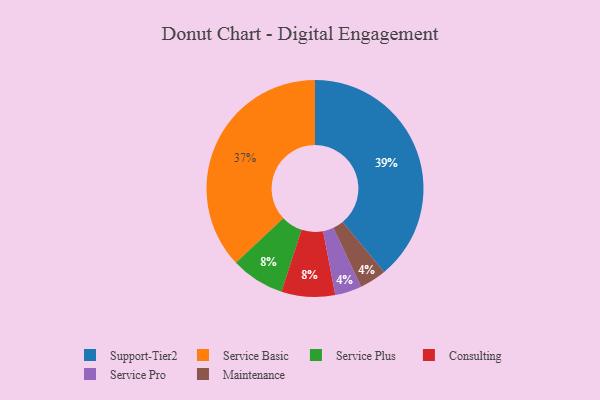
{"axis": {"x": "Category", "y": "Percentage"}, "legend": ["Consulting", "Maintenance", "Service Basic", "Service Plus", "Service Pro", "Support-Tier2"], "data": [{"x": "Service Pro", "y": 4, "type": "Service Pro"}, {"x": "Maintenance", "y": 4, "type": "Maintenance"}, {"x": "Support-Tier2", "y": 39, "type": "Support-Tier2"}, {"x": "Service Plus", "y": 8, "type": "Service Plus"}, {"x": "Service Basic", "y": 37, "type": "Service Basic"}, {"x": "Consulting", "y": 8, "type": "Consulting"}]}